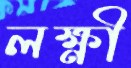
লক্ষ্ণী